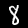
Digit: 8